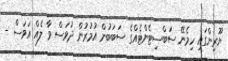
ޔޫރިންގައި ހިމެނޭ ސަބްސިޓެންޓެއްގެ ސަބަބުން އުމުރުން ދުވަސް ވާ ލެއް އަވަސް -